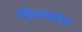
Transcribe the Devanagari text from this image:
डीह्यूमनाइज़ेशन